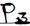
Text: P3